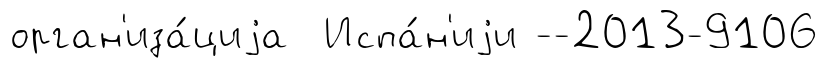
орган'иза́циjа Испа́н'иjи --2013-9106